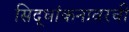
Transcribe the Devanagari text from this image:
सिद्धांकनावरची